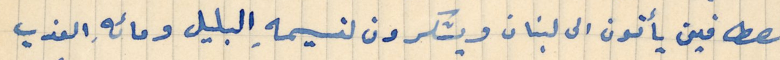
المصطافين يأتون الى لبنان ويشكرون لنسيمهِ البليل ومائهِ العذب